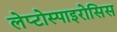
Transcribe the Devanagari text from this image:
लेप्टोस्पाइरोसिस